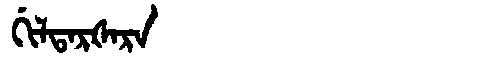
Manchu: ᡤᡳᠯᡨᠠᡵᡧᠠᡵᠠ
Romanization: GILTARŠARA